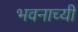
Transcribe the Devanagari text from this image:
भवनाच्यी